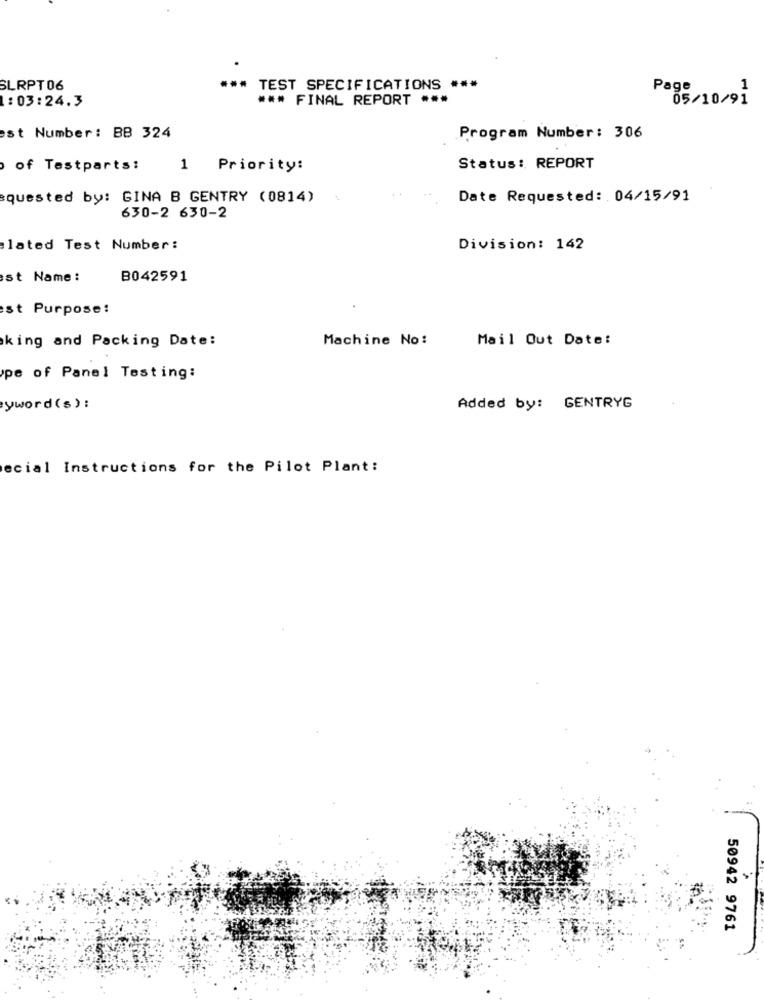
SLRPT06
TEST SPECIFICATIONS ***
Page
1
: 03:24.3
*** FINAL REPORT ***
05/10/91
est Number : BB 324
Program Number: 306
of Testparts:
1 Priority:
Status: REPORT
quested by: GINA B GENTRY (0814)
Date Requested: 04/15/91
630-2 630-2
lated Test Number :
Division: 142
st Name:
B042591
st Purpose:
king and Packing Date:
Machine No:
Mail Out Date:
pe of Panel Testing:
yword (s) :
Added by: GENTRYG
ecial Instructions for the Pilot Plant:
50942 9761